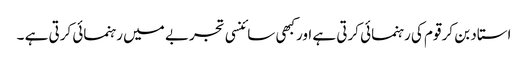
استاد بن کر قوم کی رہنمائی کرتی ہے اورکبھی سائنسی تجربے میں رہنمائی کرتی ہے ۔